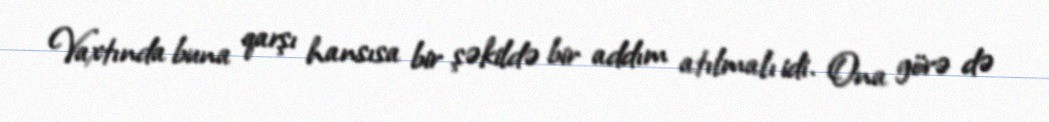
Vaxtında buna qarşı hansısa bir şəkildə bir addım atılmalı idi. Ona görə də